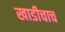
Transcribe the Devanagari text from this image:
खाडीचाच